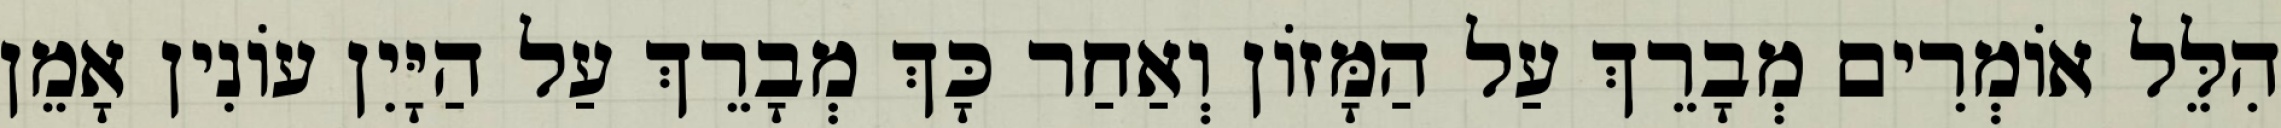
הִלֵּל אוֹמְרִים מְבָרֵךְ עַל הַמָּזוֹן וְאַחַר כָּךְ מְבָרֵךְ עַל הַיָּיִן עוֹנִין אָמֵן